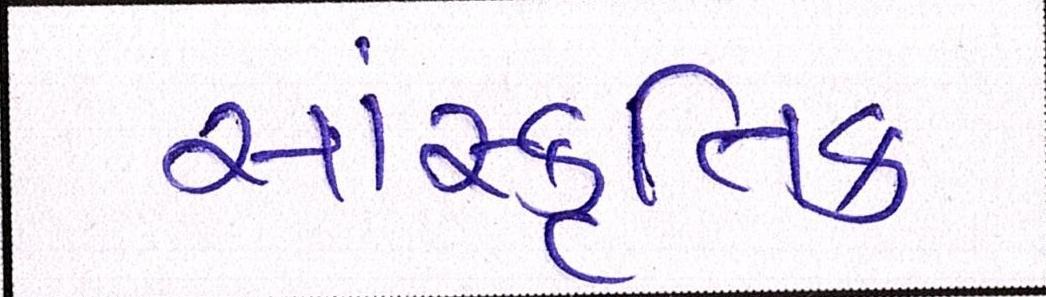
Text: સાંસ્કૃતિક